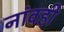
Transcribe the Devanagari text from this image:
नांवही